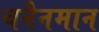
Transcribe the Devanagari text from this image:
चनैनमान